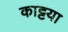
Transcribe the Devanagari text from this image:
काट्टया